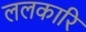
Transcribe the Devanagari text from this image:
ललकारि